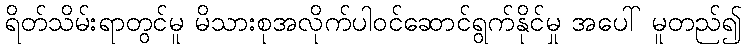
ရိတ်သိမ်းရာတွင်မူ မိသားစုအလိုက်ပါဝင်ဆောင်ရွက်နိုင်မှု အပေါ် မူတည်၍